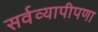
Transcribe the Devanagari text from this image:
सर्वव्यापीपणा